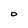
Character: O